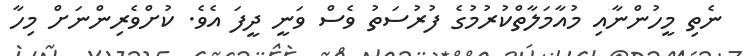
ނެތި މީހުންނާއި މުއާމަލާތްކުރުމުގެ ފުރުސަތު ވެސް ވަނީ ދީފަ އެވެ. ކުށްވެރިންނަށް މިހާ